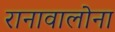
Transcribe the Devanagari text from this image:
रानावालोना